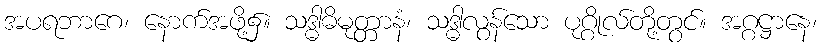
အပရဘာဂေ၊ နောက်အဖို့၌။ သဒ္ဓါဓိမုတ္တာနံ၊ သဒ္ဓါလွန်သော ပုဂ္ဂိုလ်တို့တွင်။ အဂ္ဂဋ္ဌာနေ၊